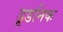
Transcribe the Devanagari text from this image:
डूडनिक